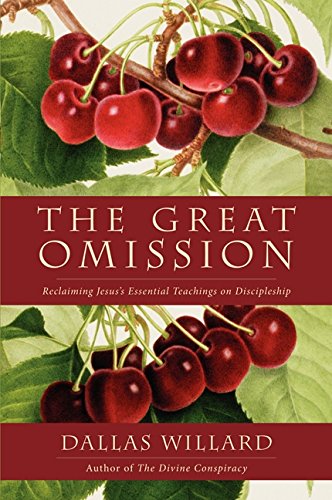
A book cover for The Great Omission: Reclaiming Jesus's Essential Teachings on Discipleship; Dallas Willard; Christian Books & Bibles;